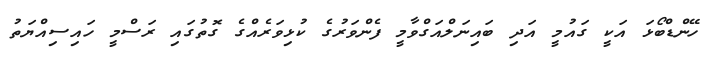
ހޭންޑްބޯޅަ އަކީ ގައުމީ އަދި ބައިނަލްއަގްވާމީ ފެންވަރުގެ ކުޅިވަރެއްގެ ގޮތުގައި ރަސްމީ ހައިސިއްޔަތު